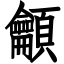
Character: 龥